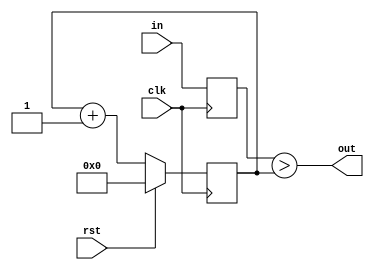
/*
   Copyright 2018 Ali Raheem <ali.raheem@gmail.com>

   Licensed under the Apache License, Version 2.0 (the "License");
   you may not use this file except in compliance with the License.
   You may obtain a copy of the License at

       http://www.apache.org/licenses/LICENSE-2.0

   Unless required by applicable law or agreed to in writing, software
   distributed under the License is distributed on an "AS IS" BASIS,
   WITHOUT WARRANTIES OR CONDITIONS OF ANY KIND, either express or implied.
   See the License for the specific language governing permissions and limitations under the License.
*/

module pwm (clk, rst, in, out);
   parameter WIDTH = 8;
   input clk;
   input rst;
   input [WIDTH-1:0] in;
   output 	     out;
   reg [WIDTH-1:0]   counter;
   reg [WIDTH-1:0]   in_d;
   
   always @ (posedge clk) begin
      in_d <= in;
      if (rst)
	counter <= {WIDTH{1'b0}};
      else
	 counter <= counter + 1'b1;
   end
   
   assign out = (in_d[WIDTH-1:0] > counter[WIDTH-1:0]);
   
endmodule // pwm